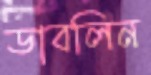
ডাবলিন